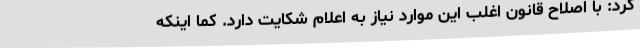
کرد: با اصلاح قانون اغلب این موارد نیاز به اعلام شکایت دارد. کما اینکه